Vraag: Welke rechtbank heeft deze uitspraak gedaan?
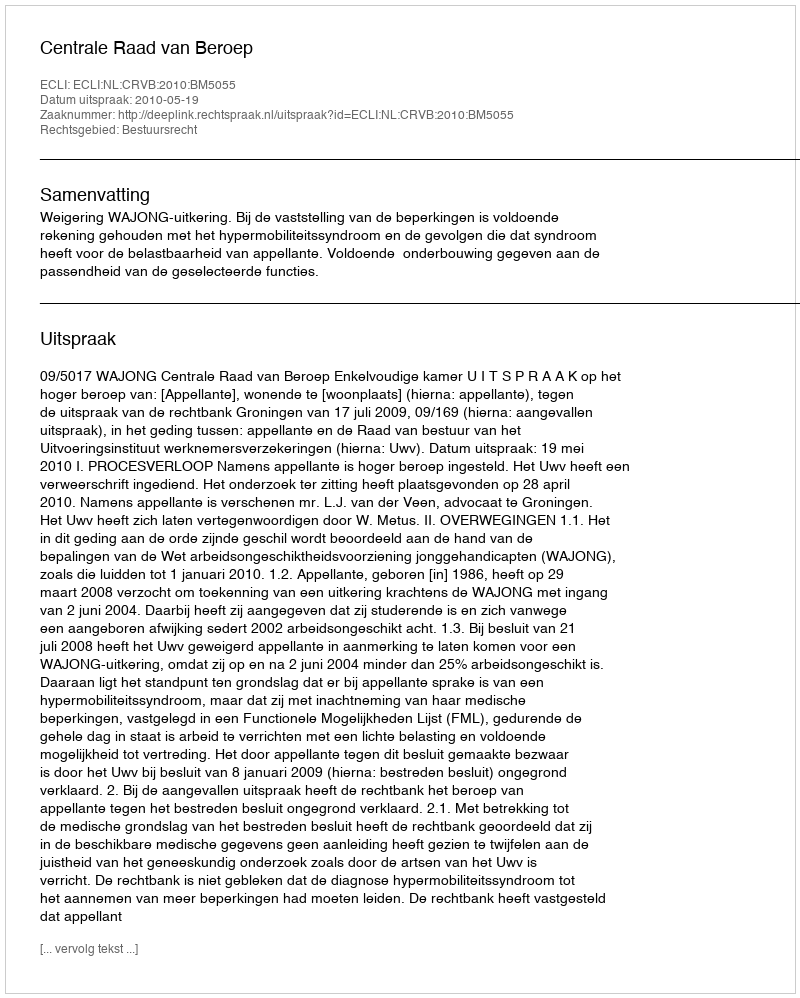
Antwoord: Centrale Raad van Beroep